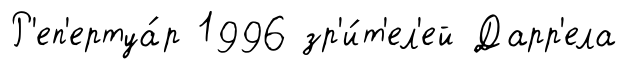
Р'еп'ертуа́р 1996 зр'и́т'ел'ей Дарр'ела